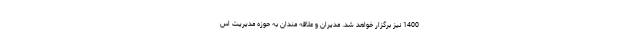
1400 نیز برگزار خواهد شد. مدیران و علاقه مندان به حوزه‌ مدیریت اس